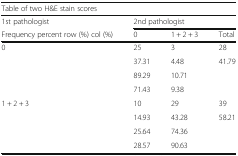
| <COLSPAN=4> Table of two H&E stain scores |
 | 1st pathologist | <COLSPAN=3> 2nd pathologist |
 | Frequency percent row (%) col (%) | 0 | 1 + 2 + 3 | Total |
 | --- | --- | --- | --- |
 | <ROWSPAN=4> 0 | 25 | 3 | 28 |
 | 37.31 | 4.48 | 41.79 |
 | 89.29 | 10.71 |  |
 | 71.43 | 9.38 |  |
 | <ROWSPAN=4> 1 + 2 + 3 | 10 | 29 | 39 |
 | 14.93 | 43.28 | 58.21 |
 | 25.64 | 74.36 |  |
 | 28.57 | 90.63 |  |